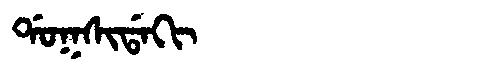
Manchu: ᡩᠣᡴᠰᡳᡩᠠᡴᡳ
Romanization: DOKSIDAKI